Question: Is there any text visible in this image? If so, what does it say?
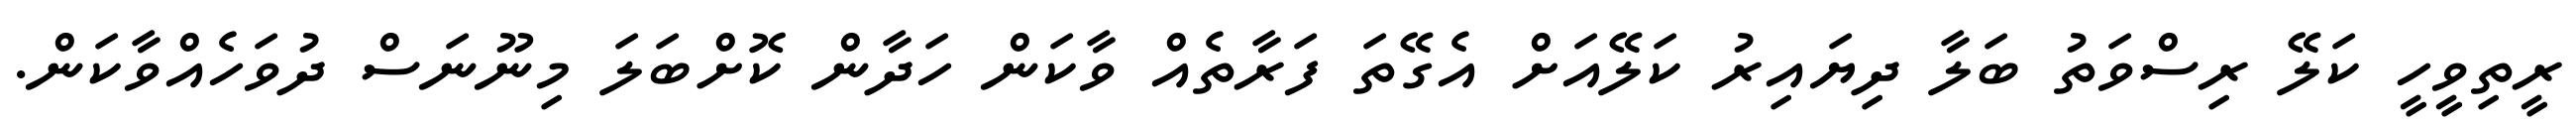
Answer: ރީތިވީހީ ކަލޭ ރިސްވަތު ބަލާ ދިޔައިރު ކަލޭއަށް އެގޭތަ ފަރާތެއް ވާކަން ހަދާން ކޮށްބަލަ މިނޫނަސް ދުވަހެއްވާކަން.